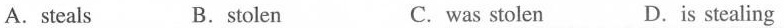
A.steals B.stolen C. was stolen D.is stealing